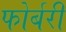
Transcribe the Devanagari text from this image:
फोर्बरी